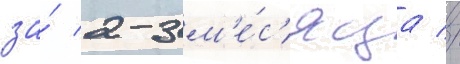
за́ 2-3 м'е́с'яца //